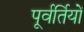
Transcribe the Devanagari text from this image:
पूर्वर्तियों